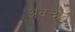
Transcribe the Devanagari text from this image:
अवच्छेद